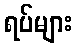
ရပ်များ